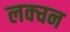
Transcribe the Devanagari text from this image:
लक्चन